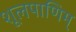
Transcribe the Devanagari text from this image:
शूलपाणिम्